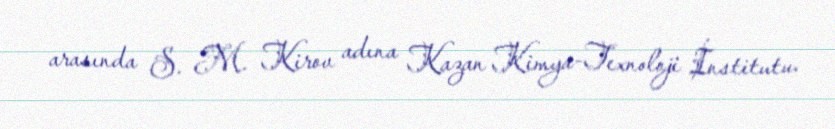
arasında S. M. Kirov adına Kazan Kimya-Texnoloji İnstitutu.